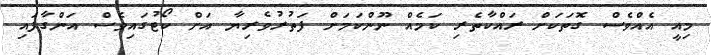
މިއީ އެއްވެސް ގޮތަކަށް ރައްކާތެރި ކަމެއް ނޫންކަމަށް ފަތުރުވެރިޔާ އަށް ކޯޓުގައިވެސް އަންގާފައި